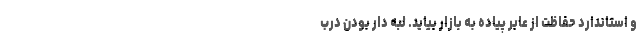
و استاندارد حفاظت از عابر پیاده به بازار بیاید. لبه دار بودن درب